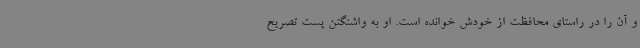
و آن را در راستای محافظت از خودش خوانده است. او به واشنگتن پست تصریح